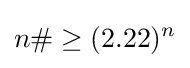
n\#\geq (2.22)^{n}